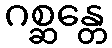
ဂစ္ဆန္တေ